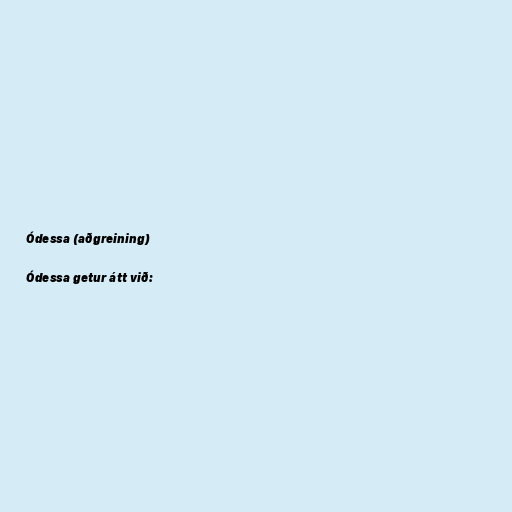
Ódessa (aðgreining)

Ódessa getur átt við: